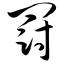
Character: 罚